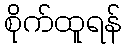
စိုက်ထူရန်